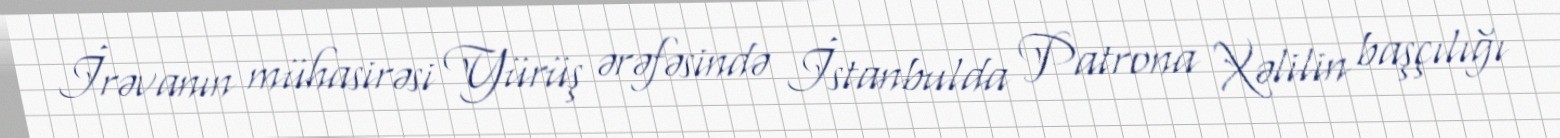
İrəvanın mühasirəsi Yürüş ərəfəsində İstanbulda Patrona Xəlilin başçılığı